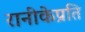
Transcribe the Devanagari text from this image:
रानीकेप्रति